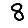
Digit: 8